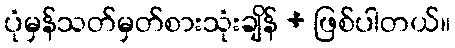
ပုံမှန်သတ်မှတ်စားသုံးချိန် + ဖြစ်ပါတယ်။